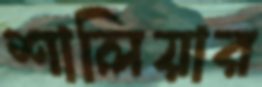
শালিয়ার